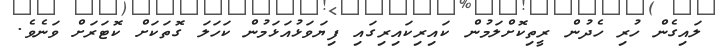
ލައިގެން ހުރި ހެދުން ރީތިކޮށްލަމުން ކައިރިކައިރިގައި ފިޔަވަޅުއަޅަމުން ކަހަލަ ގޮތަކަށް ކޮޓަރަށް ވަނެވެ.